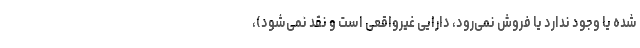
شده یا وجود ندارد یا فروش نمی‌رود، دارایی غیرواقعی است و نقد نمی‌شود)،